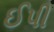
ઈપી